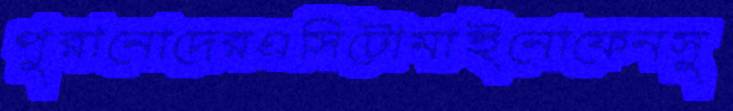
পুরানোদেরএসিটোমাইনোফেনসু